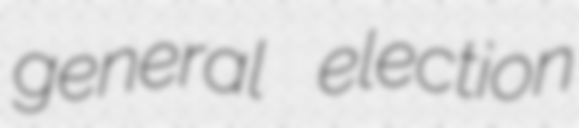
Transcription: general election